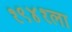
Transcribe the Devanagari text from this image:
१९४१ला